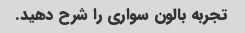
تجربه بالون سواری را شرح دهید.